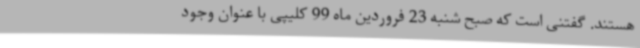
هستند. گفتنی است که صبح شنبه 23 فروردین ماه 99 کلیپی با عنوان وجود